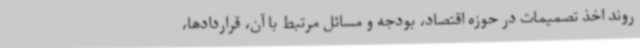
روند اخذ تصمیمات در حوزه اقتصاد، بودجه و مسائل مرتبط با آن، قراردادها،